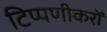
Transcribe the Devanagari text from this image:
टिप्पणीकरों